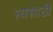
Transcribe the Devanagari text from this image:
त्यसाठी